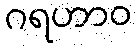
ဂရဟာဝ